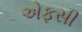
એફસી